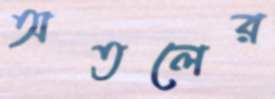
অতলের